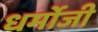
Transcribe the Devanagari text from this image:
धर्मोजी